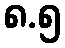
၈.၅